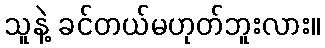
သူနဲ့ ခင်တယ်မဟုတ်ဘူးလား။